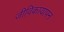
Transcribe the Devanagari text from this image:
जीविकायापन